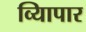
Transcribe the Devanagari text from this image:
व्यािपार